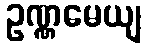
ဥဏ္ဏမေယျ